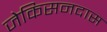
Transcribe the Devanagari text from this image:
जेकिसनदास